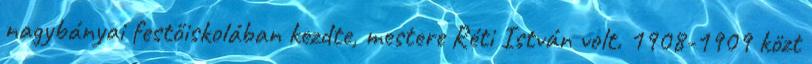
nagybányai festőiskolában kezdte, mestere Réti István volt. 1908-1909 közt